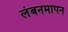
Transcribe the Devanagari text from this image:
लंबनमापन